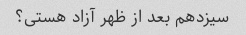
سیزدهم بعد از ظهر آزاد هستی؟